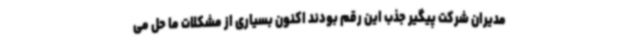
مدیران شرکت پیگیر جذب این رقم بودند اکنون بسیاری از مشکلات ما حل می